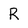
Character: R